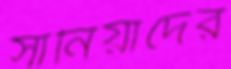
সানিয়াদের